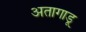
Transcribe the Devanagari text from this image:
अतागाडू